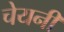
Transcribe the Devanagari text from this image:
चेयनी